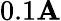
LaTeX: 0.1\mathbf{A}